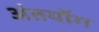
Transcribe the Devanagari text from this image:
अंतर्योग